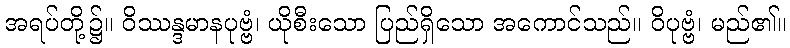
အရပ်တို့၌။ ဝိဿန္ဒမာနပုဗ္ဗံ၊ ယိုစီးသော ပြည်ရှိသော အကောင်သည်။ ဝိပုဗ္ဗံ၊ မည်၏။